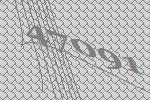
47091